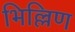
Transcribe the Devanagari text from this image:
भिल्लिण